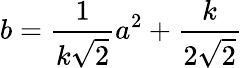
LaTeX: b={\frac{1}{k{\sqrt{2}}}}a^{2}+{\frac{k}{2{\sqrt{2}}}}